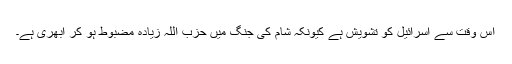
اس وقت سے اسرائیل کو تشویش ہے کیونکہ شام کی جنگ میں حزب اللہ زیادہ مضبوط ہو کر ابھری ہے۔